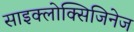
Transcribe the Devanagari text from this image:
साइक्लोक्सिजिनेज